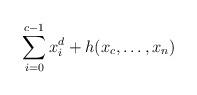
LaTeX: \begin{gather*} \sum_{i=0}^{c-1} x_i^d+h(x_c,\dots,x_n)\end{gather*}